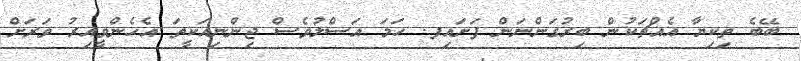
ބޭބެ ތިކިޔާ އެއްޗަކުން ބިރުގަންނަން ފަށައިފ. ހަމަ އަސްލުވެސް ޖިންނިއަކީތަ އެހެންވީއިރު ވަރަށް